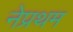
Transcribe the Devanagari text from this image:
नेप्रथम